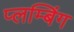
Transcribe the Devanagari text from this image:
प्लम्बिंग